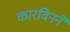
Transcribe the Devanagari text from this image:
कारविनने